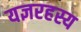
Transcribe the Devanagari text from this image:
यज्ञरहस्य